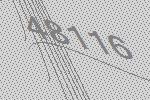
48116